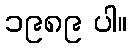
၁၉၈၉ ပါ။